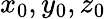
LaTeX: x_{0},y_{0},z_{0}